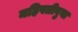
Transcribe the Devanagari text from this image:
महिपतीबुवा